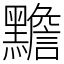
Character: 黵